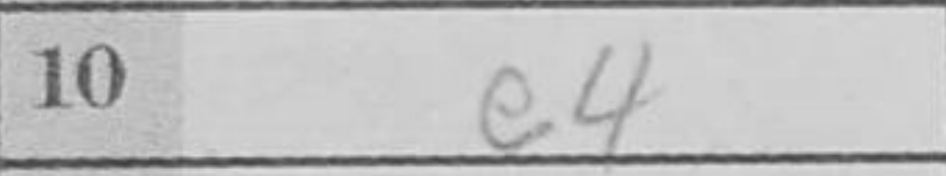
Transcription: e4